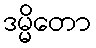
ဒမ္မိတော